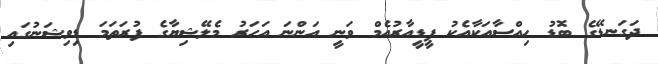
ދަގަނޑޭގެ ބޮޑު ހިއްސާއަކާއެކު ޕީޑީއާރުއެމް ވަނީ އަންނަ އަހަރު މެލޭޝިޔާގެ ފުރަތަމަ ޑިވިޝަނުގައި